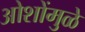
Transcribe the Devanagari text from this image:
ओशोंमुळे